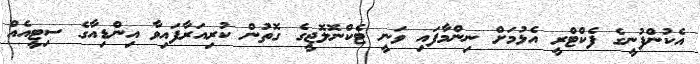
އެކުންފުނީގެ ފެކްޓްރީ އެޅުމަށް ނިންމާފައި ވަނީ ޓެކްނޮލޮޖީގެ ގޮތުން ކުރިއަރާފައިވާ އިންޑިއާގެ ސިޓީއެއް